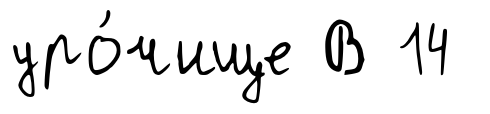
уро́чище В 14